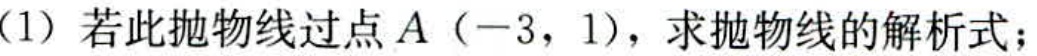
(1) 若此抛物线过点\(A(-3,1)\)，求抛物线的解析式；